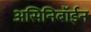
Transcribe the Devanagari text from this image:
असिनिबॉईन